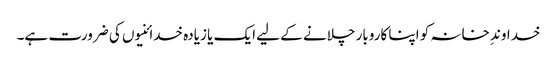
خداوندِ خانہ کو اپنا کاروبار چلانے کے لیے ایک یا زیادہ خدائنیوں کی ضرورت ہے۔